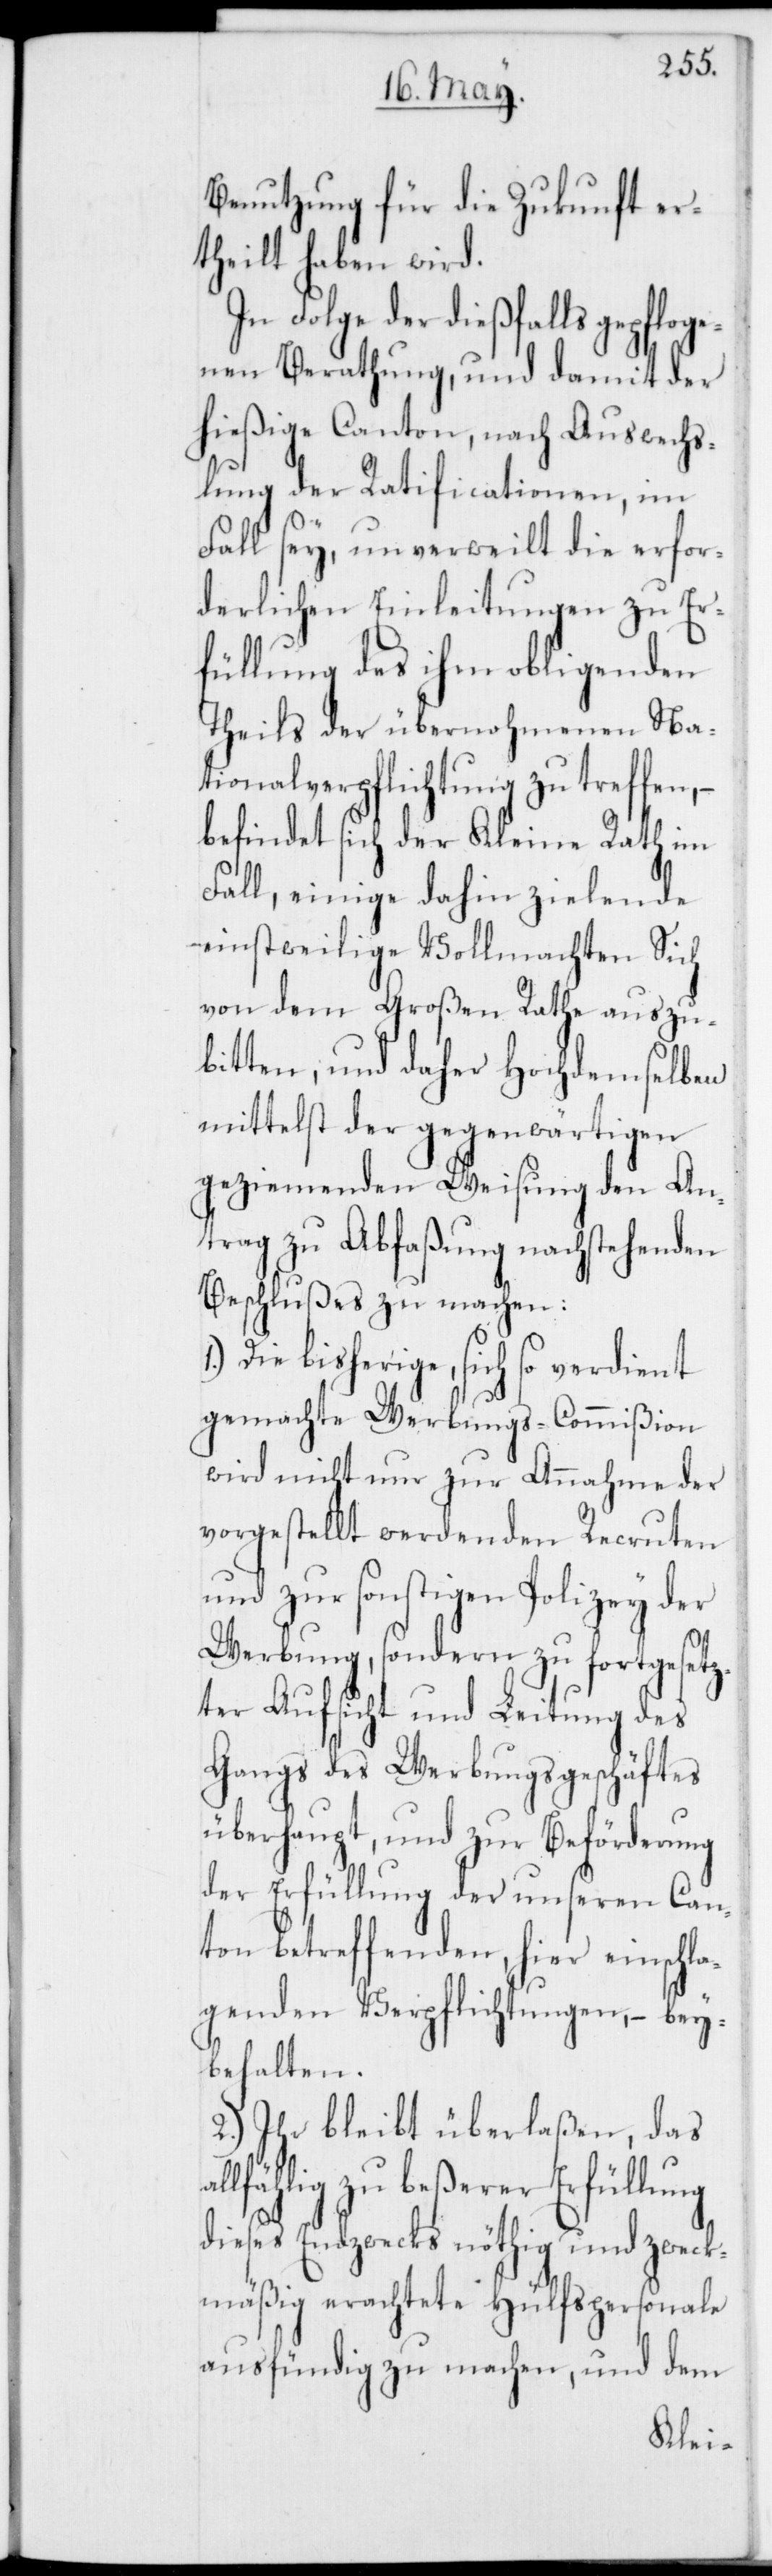
Benutzung für die Zukunft er¬
theilt haben wird.
In Folge der dießfalls gepfloge¬
nen Berathung und damit der
hießige Canton, nach Auswechs¬
lung der Ratificationen, im
Fall sey, unverweilt die erfor¬
derlichen Einleitungen zu Er¬
füllung des ihm obligenden
Theils der übernohmenen Na¬
tionalverpflichtung zu treffen,
befindet sich der Kleine Rath im
Fall, einige dahin zielende
einstweilige Vollmachten Sich
von dem Großen Rathe auszu¬
bitten, und daher Hochdemselben
mittelst der gegenwärtigen
geziemenden Weisung den An¬
trag zu Abfaßung nachstehenden
Beschlußes zu machen:
1.) Die bisherige, sich so verdient
gemachte Werbungs-Commißion
wird nicht nur zur Annahme der
vorgestellt werdenden Recruten
und zur sonstigen Polizey der
Werbung, sondern zu fortgesetz¬
ter Aufsicht und Leitung des
Gangs des Werbungsgeschäftes
überhaupt, und zur Beförderung
der Erfüllung der unseren Can¬
ton betreffenden, hier einschla¬
genden Verpflichtungen, – bey¬
behalten.
2.) Ihr bleibt überlaßen, das
lfählig zu beßerer Erfüllung
dieses Endzwecks nöthig und zweck¬
mäßig erachtete Hülfspersonale
ausfündig zu machen, und dem
al¬